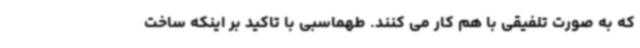
که به صورت تلفیقی با هم کار می کنند. طهماسبی با تاکید بر اینکه ساخت